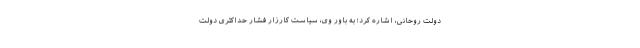
دولت روحانی، اشاره کرد؛ به باور وی، سیاست کارزار فشار حداکثری دولت